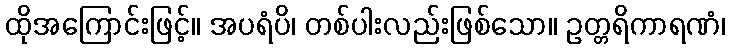
ထိုအကြောင်းဖြင့်။ အပရံပိ၊ တစ်ပါးလည်းဖြစ်သော။ ဥတ္တရိကာရဏံ၊